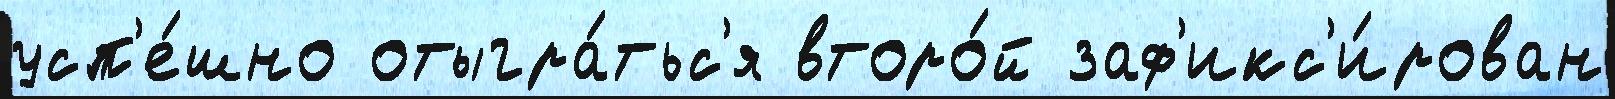
усп'е́шно отыгра́тьс'я второ́й заф'икс'и́рован